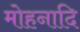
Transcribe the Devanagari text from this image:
मोहनादि